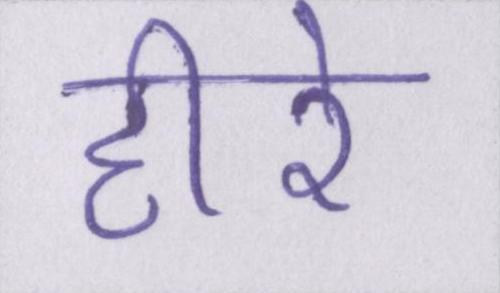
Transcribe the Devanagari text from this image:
हीरे